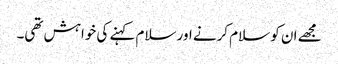
مجھے ان کو سلام کرنے اور سلام کہنے کی خواہش تھی۔